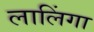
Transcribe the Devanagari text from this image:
लालिंगा